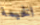
الخيمة